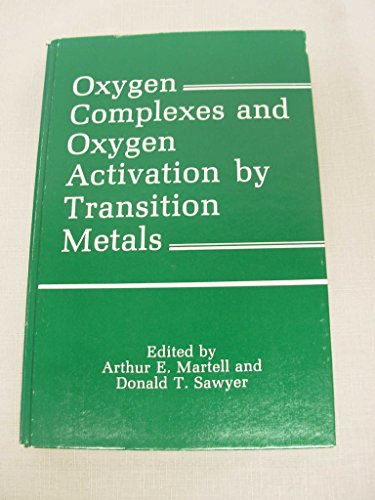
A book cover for Oxygen Complexes and Oxygen Activation by Transition Metals; Science & Math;